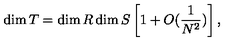
\dim T = \dim R \dim S \left[ 1 + O ( { \frac { 1 } { N ^ { 2 } } } ) \right] ,